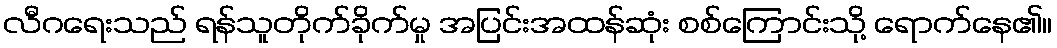
လီဂရေးသည် ရန်သူတိုက်ခိုက်မှု အပြင်းအထန်ဆုံး စစ်ကြောင်းသို့ ရောက်နေ၏။